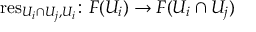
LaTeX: \operatorname { r e s } _ { U _ { i } \cap U _ { j } , U _ { i } } \colon F ( U _ { i } ) \rightarrow F ( U _ { i } \cap U _ { j } )